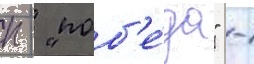
п - "поб'е́да" -